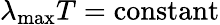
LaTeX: \lambda_{\mathrm{max}}T=\mathrm{constant}